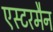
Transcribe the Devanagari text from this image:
एस्टरमैन